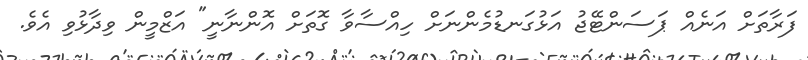
ފަރާތަށް އަނެއް ޕަސަންޓޭޖު އަޅުގަނޑުމެންނަށް ހިއްސާވާ ގޮތަށް އޮންނާނީ" އަޒްމީން ވިދާޅުވި އެވެ.